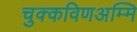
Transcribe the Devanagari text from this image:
चुक्कविणअम्मि